Account of plague administration in the Bombay Presidency from September 1896 till May 1897
Year: 1896
Disease focus: Plague
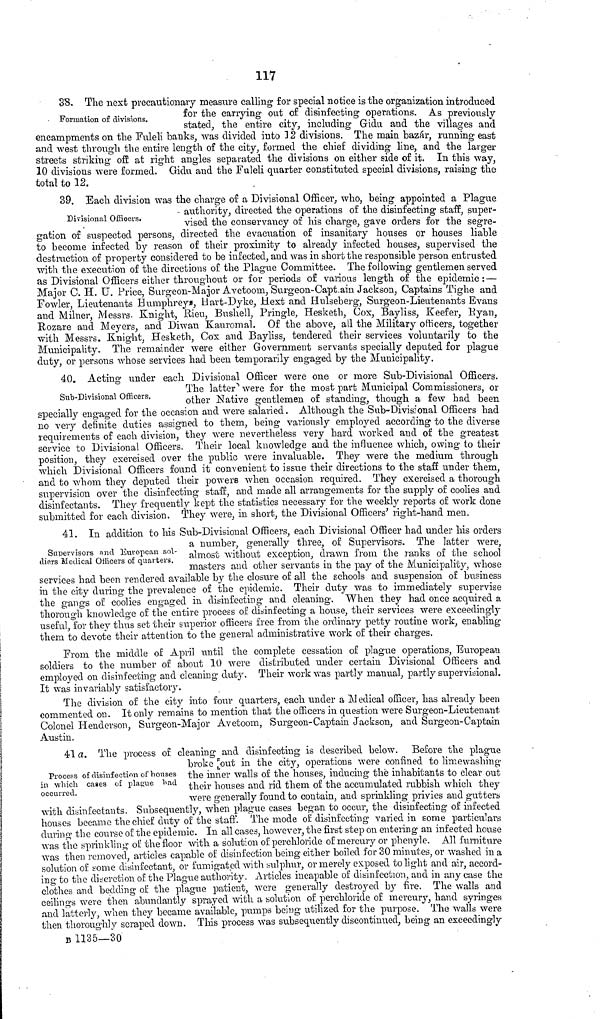
117
Formation of divisions.
38. The next precautionary measure calling for special notice is the organization introduced
for the carrying out of disinfecting operations. As previously
stated, the entire city, including Gidu and the villages and
encampments on the Fuleli banks, was divided into 12 divisions. The main bazár, running east
and west through the entire length of the city, formed the chief dividing line, and the larger
streets striking off at right angles separated the divisions on either side of it. In this way,
10 divisions were formed. Gidu and the Fuleli quarter constituted special divisions, raising the
total to 12.
Divisional Officers.
39. Each division was the charge of a Divisional Officer, who, being appointed a Plague
authority, directed the operations of the disinfecting staff, super-
vised the conservancy of his charge, gave orders for the segre-
gation of suspected persons, directed the evacuation of insanitary houses or houses liable
to become infected by reason of their proximity to already infected houses, supervised the
destruction of property considered to be infected, and was in short the responsible person entrusted
with the execution of the directions of the Plague Committee. The following gentlemen served
as Divisional Officers either throughout or for periods of various length of the epidemic : —
Major C. H. U. Price, Surgeon-Major Avetoom, Surgeon-Captain Jackson, Captains Tighe and
Fowler, Lieutenants Humphrey», Hart-Dyke, Hext and Hulseberg, Surgeon-Lieutenants Evans
and Milner, Messrs. Knight, Rieu, Bushell, Pringle, Hesketh, Cox, Bayliss, Keefer, Ryan,
Rozare and Meyers, and Diwan Kauromal. Of the above, all the Military officers, together
with Messrs. Knight, Hesketh, Cox and Bayliss, tendered their services voluntarily to the
Municipality. The remainder were either Government servants specially deputed for plague
duty, or persons whose services had been temporarily engaged by the Municipality.
Sub-Divisional Officers.
40. Acting under each Divisional Officer were one or more Sub-Divisional Officers.
The latter were for the most part Municipal Commissioners, or
other Native gentlemen of standing, though a few had been
specially engaged for the occasion and were salaried. Although the Sub-Divisional Officers had
no very definite duties assigned to them, being variously employed according to the diverse
requirements of each division, they were nevertheless very hard worked and of the greatest
service to Divisional Officers. Their local knowledge and the influence which, owing to their
position, they exercised over the public were invaluable. They were the medium through
which Divisional Officers found it convenient to issue their directions to the staff under them,
and to whom they deputed their powers when occasion required. They exercised a thorough
supervision over the disinfecting staff, and made all arrangements for the supply of coolies and
disinfectants. They frequently kept the statistics necessary for the weekly reports of work done
submitted for each division. They were, in short, the Divisional Officers' right-hand men.
Supervisors and European sol-
diers Medical Officers of quarters.
41. In addition to his Sub-Divisional Officers, each Divisional Officer had under his orders
a number, generally three, of Supervisors. The latter were,
almost without exception, drawn from the ranks of the school
masters and other servants in the pay of the Municipality, whose
services had been rendered available by the closure of all the schools and suspension of business
in the city during the prevalence of the epidemic. Their duty was to immediately supervise
the gangs of coolies engaged in disinfecting and cleaning. When they had once acquired a
thorough knowledge of the entire process of disinfecting a house, their services were exceedingly
useful, for they thus set their superior officers free from the ordinary petty routine work, enabling
them to devote their attention to the general administrative work of their charges.
From the middle of April until the complete cessation of plague operations, European
soldiers to the number of about 10 were distributed under certain Divisional Officers and
employed on disinfecting and cleaning duty. Their work was partly manual, partly supervisional.
It was invariably satisfactory.
The division of the city into four quarters, each under a Medical officer, has already been
commented on. It only remains to mention that the officers in question were Surgeon-Lieutenant
Colonel Henderson, Surgeon-Major Avetoom, Surgeon-Captain Jackson, and Surgeon-Captain
Austin.
Process of disinfection of houses
in which cases of plague had
occurred.
41 a. The process of cleaning and disinfecting is described below. Before the plague
broke out in the city, operations were confined to limewashing
the inner walls of the houses, inducing the inhabitants to clear out
their houses and rid them of the accumulated rubbish which they
were generally found to contain, and sprinkling privies and gutters
with disinfectants. Subsequently, when plague cases began to occur, the disinfecting of infected
houses became the chief duty of the staff. The mode of disinfecting varied in some particulars
during the course of the epidemic. In all cases, however, the first step on entering an infected house
was the sprinkling of the floor with a solution of perchloride of mercury or phenyle. All furniture
was then removed, articles capable of disinfection being either boiled for 30 minutes, or washed in a
solution of some disinfectant, or fumigated with sulphur, or merely exposed to light and air, accord-
ing to the discretion of the Plague authority. Articles incapable of disinfection, and in any case the
clothes and bedding of the plague patient, were generally destroyed by fire. The walls and
ceilings were then abundantly sprayed with a solution of perchloride of mercury, hand syringes
and latterly, when they became available, pumps being utilized for the purpose. The walls were
then thoroughly scraped down. This process was subsequently discontinued, being an exceedingly
B 1135—30